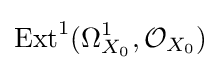
{\text{Ext}}^{1}(\Omega _{X_{0}}^{1},{\mathcal {O}}_{X_{0}})